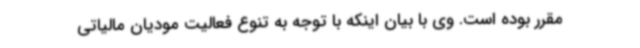
مقرر بوده است. وی با بیان اینکه با توجه به تنوع فعالیت مودیان مالیاتی